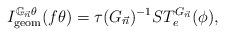
LaTeX: \begin{align*}I^{\mathbb{G}_{\vec{n}}\theta}_{\mathrm{geom}}(f\theta)=\tau(G_{\vec{n}})^{-1}ST^{G_{\vec{n}}}_e(\phi), \end{align*}